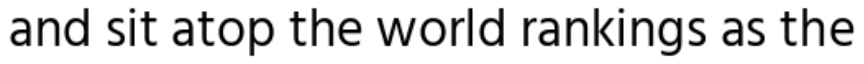
and sit atop the world rankings as the